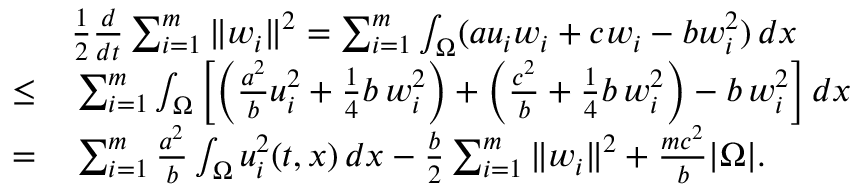
\begin{array} { r l } & { \frac { 1 } { 2 } \frac { d } { d t } \sum _ { i = 1 } ^ { m } \| w _ { i } \| ^ { 2 } = \sum _ { i = 1 } ^ { m } \int _ { \Omega } ( a u _ { i } w _ { i } + c w _ { i } - b w _ { i } ^ { 2 } ) \, d x } \\ { \leq } & { \, \sum _ { i = 1 } ^ { m } \int _ { \Omega } \left[ \left( \frac { a ^ { 2 } } { b } u _ { i } ^ { 2 } + \frac { 1 } { 4 } b \, w _ { i } ^ { 2 } \right) + \left( \frac { c ^ { 2 } } { b } + \frac { 1 } { 4 } b \, w _ { i } ^ { 2 } \right) - b \, w _ { i } ^ { 2 } \right] d x } \\ { = } & { \, \sum _ { i = 1 } ^ { m } \frac { a ^ { 2 } } { b } \int _ { \Omega } u _ { i } ^ { 2 } ( t , x ) \, d x - \frac { b } { 2 } \sum _ { i = 1 } ^ { m } \| w _ { i } \| ^ { 2 } + \frac { m c ^ { 2 } } { b } | \Omega | . } \end{array}